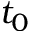
t _ { 0 }